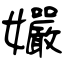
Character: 孍